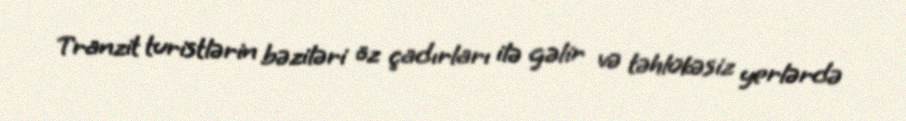
Tranzit turistlərin bəziləri öz çadırları ilə gəlir və təhlükəsiz yerlərdə